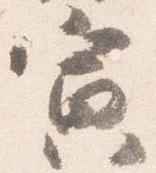
寅